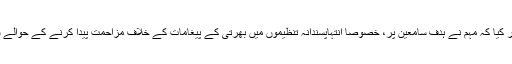
کیفیتی تجزیے نے یہ بھی ظاہر کیا کہ مہم نے ہدف سامعین پر، خصوصاً انتہاپسندانہ تنظیموں میں بھرتی کے پیغامات کے خلاف مزاحمت پیدا کرنے کے حوالے سے، مثبت اثرات مرتب کیے۔